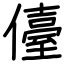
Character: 儓